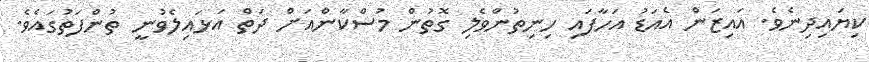
ކިޔައިދިނެވެ. އައިޒަން އެއަޑު އަހާފައި ހިނިތުންވެލި ގޮތުން މުސްކާންއަށް ދަތް އަޅައިލެވުނީ ތުންފަތުގައެވެ.